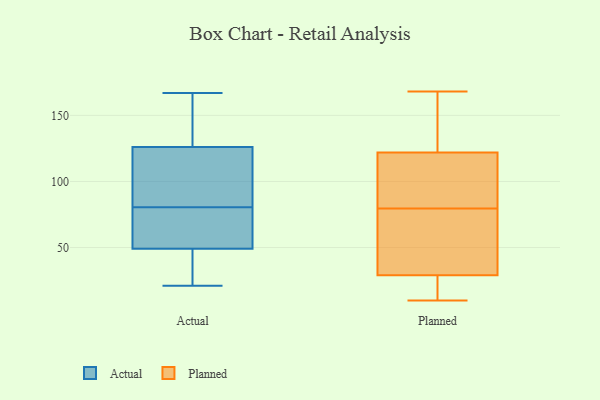
{"axis": {"x": "Headcount", "y": "Value"}, "legend": ["Actual", "Planned"], "data": [{"x": "", "y": 120, "type": "Actual"}, {"x": "", "y": 21, "type": "Actual"}, {"x": "", "y": 89, "type": "Actual"}, {"x": "", "y": 23, "type": "Actual"}, {"x": "", "y": 72, "type": "Actual"}, {"x": "", "y": 120, "type": "Actual"}, {"x": "", "y": 150, "type": "Actual"}, {"x": "", "y": 167, "type": "Actual"}, {"x": "", "y": 63, "type": "Actual"}, {"x": "", "y": 61, "type": "Actual"}, {"x": "", "y": 132, "type": "Actual"}, {"x": "", "y": 37, "type": "Actual"}, {"x": "", "y": 16, "type": "Planned"}, {"x": "", "y": 83, "type": "Planned"}, {"x": "", "y": 26, "type": "Planned"}, {"x": "", "y": 134, "type": "Planned"}, {"x": "", "y": 28, "type": "Planned"}, {"x": "", "y": 10, "type": "Planned"}, {"x": "", "y": 21, "type": "Planned"}, {"x": "", "y": 42, "type": "Planned"}, {"x": "", "y": 115, "type": "Planned"}, {"x": "", "y": 31, "type": "Planned"}, {"x": "", "y": 148, "type": "Planned"}, {"x": "", "y": 168, "type": "Planned"}, {"x": "", "y": 76, "type": "Planned"}, {"x": "", "y": 113, "type": "Planned"}, {"x": "", "y": 54, "type": "Planned"}, {"x": "", "y": 30, "type": "Planned"}, {"x": "", "y": 98, "type": "Planned"}, {"x": "", "y": 98, "type": "Planned"}, {"x": "", "y": 165, "type": "Planned"}, {"x": "", "y": 129, "type": "Planned"}]}